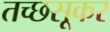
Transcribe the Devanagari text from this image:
तच्छसूकर